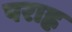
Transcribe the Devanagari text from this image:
पराह्न